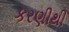
કરણીથી